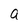
Character: a